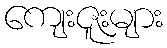
ကျေးဇူးများ